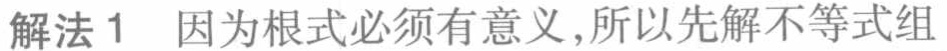
解法1 因为根式必须有意义,所以先解不等式组